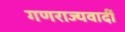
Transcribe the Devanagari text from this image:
गणराज्यवादीं